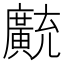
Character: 𫸊